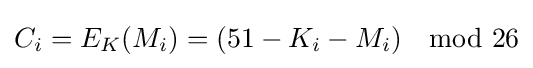
C_{i}=E_{K}(M_{i})=(51-K_{i}-M_{i})\mod {26}